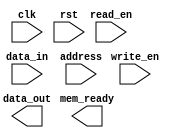
module RLDRAM_controller(
  input wire clk,
  input wire rst,
  input wire write_en,
  input wire read_en,
  input wire [31:0] data_in,
  output reg [31:0] data_out,
  input wire [31:0] address,
  output reg mem_ready
);

// Memory blocks implementation code here

endmodule